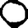
Digit: 0